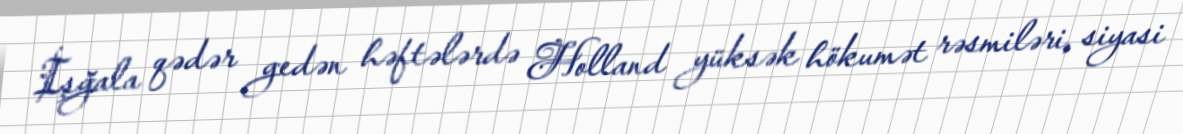
İşğala qədər gedən həftələrdə Holland yüksək hökumət rəsmiləri, siyasi